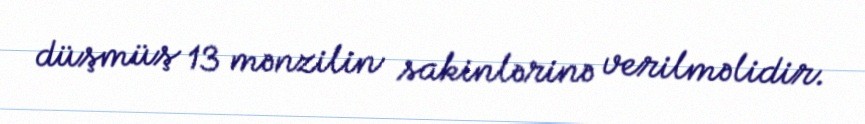
düşmüş 13 mənzilin sakinlərinə verilməlidir.